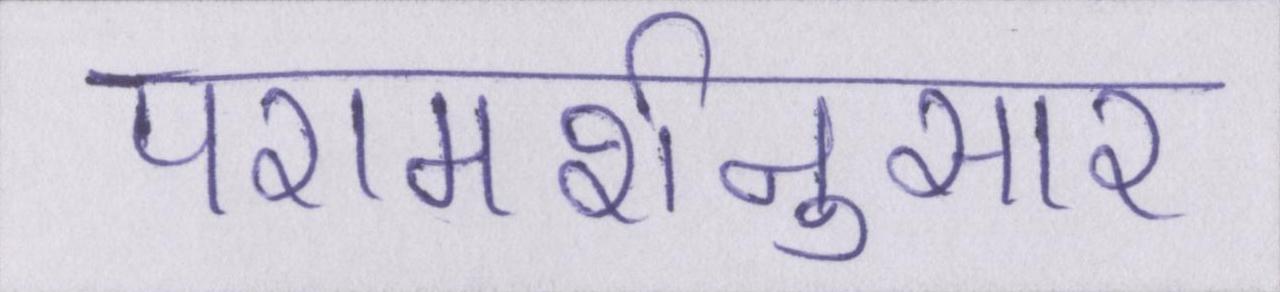
परामर्शनुसार